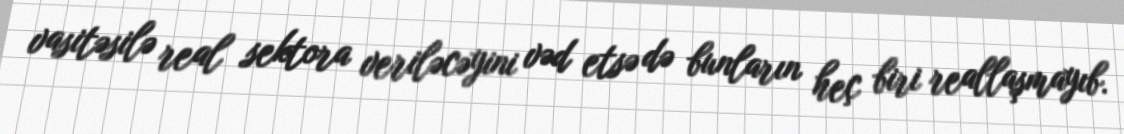
vasitəsilə real sektora veriləcəyini vəd etsə də bunların heç biri reallaşmayıb.